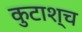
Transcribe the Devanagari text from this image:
कुटाश्च